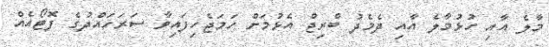
މާލެ އާއި ހުޅުމާލެ އާއި ދެމެދު ބްރިޖް އެޅުމަށް ހަމަޖެހިފައިވާ ސަރަހައްދުގެ ފޮޓޯއެއް